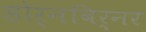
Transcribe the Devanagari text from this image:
डोर्नबिर्नर